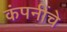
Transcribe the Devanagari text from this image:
कंपनींचे